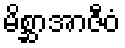
မိစ္ဆာအာဇီဝံ